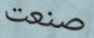
صنعت